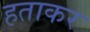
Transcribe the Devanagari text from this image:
हताकर